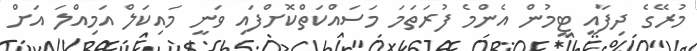
މުރޭގެ ދިފާއީ ޓީމުން އެންމެ ފުރަތަމަ މަސައްކަތްކޮށްފައި ވަނީ މައިކަލް އަމިއްލަ އަށް